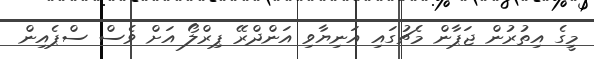
މީގެ އިތުރުން ޖަޕާން މެޗުގައި އަނިޔާވި އަންދްރޭ ޕިރްލޯ އަށް ވެސް ސްޕެއިން